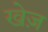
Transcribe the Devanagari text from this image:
खेज़